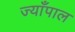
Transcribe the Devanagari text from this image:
ज्याँपाल